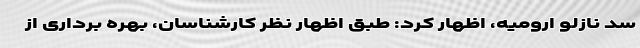
سد نازلو ارومیه، اظهار کرد: طبق اظهار نظر کارشناسان، بهره برداری از